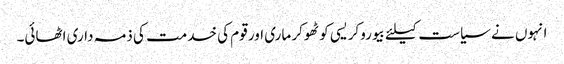
انہوں نے سیاست کیلئے بیوروکریسی کو ٹھوکر ماری اور قوم کی خدمت کی ذمہ داری اٹھائی۔